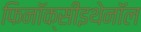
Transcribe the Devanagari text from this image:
फिनॉक्सीइथेनॉल